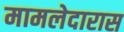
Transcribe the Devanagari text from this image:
मामलेदारास